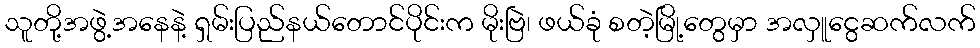
သူတို့အဖွဲ့အနေနဲ့ ရှမ်းပြည်နယ်တောင်ပိုင်းက မိုးဗြဲ၊ ဖယ်ခုံ စတဲ့မြို့တွေမှာ အလှူငွေဆက်လက်